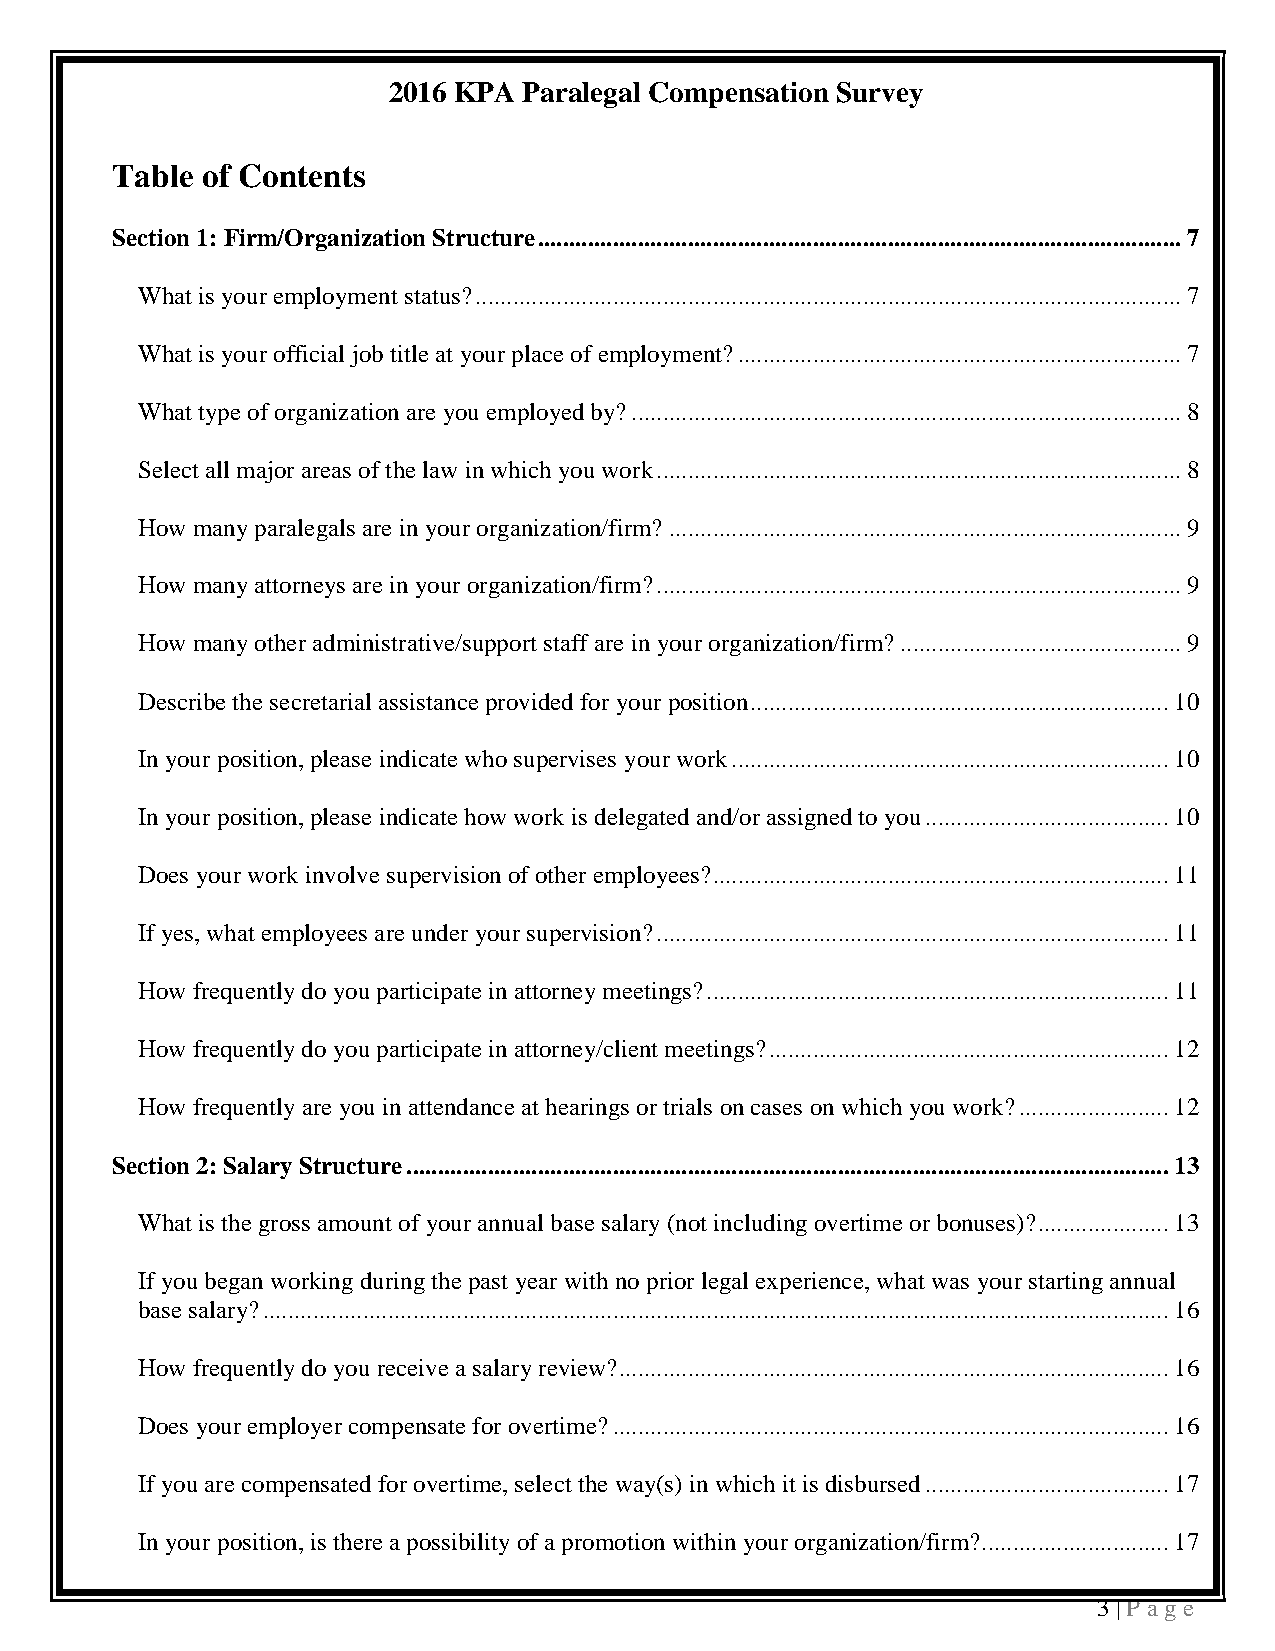
2016 KPA Paralegal Compensation Survey
 Table of Contents
 Section 1: Firm/Organization Structure ....................................................................................................... 7
 What is your employment status? ................................................................................................................. 7
 What is your official job title at your place of employment? ....................................................................... 7
 What type of organization are you employed by? ........................................................................................ 8
 Select all major areas of the law in which you work .................................................................................... 8
 How many paralegals are in your organization/firm? .................................................................................. 9
 How many attorneys are in your organization/firm? .................................................................................... 9
 How many other administrative/support staff are in your organization/firm? ............................................. 9
 Describe the secretarial assistance provided for your position ................................................................... 10
 In your position, please indicate who supervises your work ...................................................................... 10
 In your position, please indicate how work is delegated and/or assigned to you ....................................... 10
 Does your work involve supervision of other employees? ......................................................................... 11
 If yes, what employees are under your supervision? .................................................................................. 11
 How frequently do you participate in attorney meetings? .......................................................................... 11
 How frequently do you participate in attorney/client meetings? ................................................................ 12
 How frequently are you in attendance at hearings or trials on cases on which you work? ........................ 12
 Section 2: Salary Structure .......................................................................................................................... 13
 What is the gross amount of your annual base salary (not including overtime or bonuses)? ..................... 13
 If you began working during the past year with no prior legal experience, what was your starting annual
 base salary? ................................................................................................................................................. 16
 How frequently do you receive a salary review? ........................................................................................ 16
 Does your employer compensate for overtime? ......................................................................................... 16
 If you are compensated for overtime, select the way(s) in which it is disbursed ....................................... 17
 In your position, is there a possibility of a promotion within your organization/firm? .............................. 17
 3 | P a ge